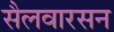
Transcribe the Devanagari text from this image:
सैलवारसन